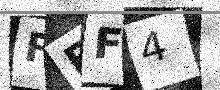
Text: FEF4